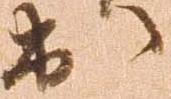
出